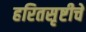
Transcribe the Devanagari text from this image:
हरितसृष्टीचे